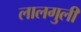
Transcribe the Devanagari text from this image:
लालगुली